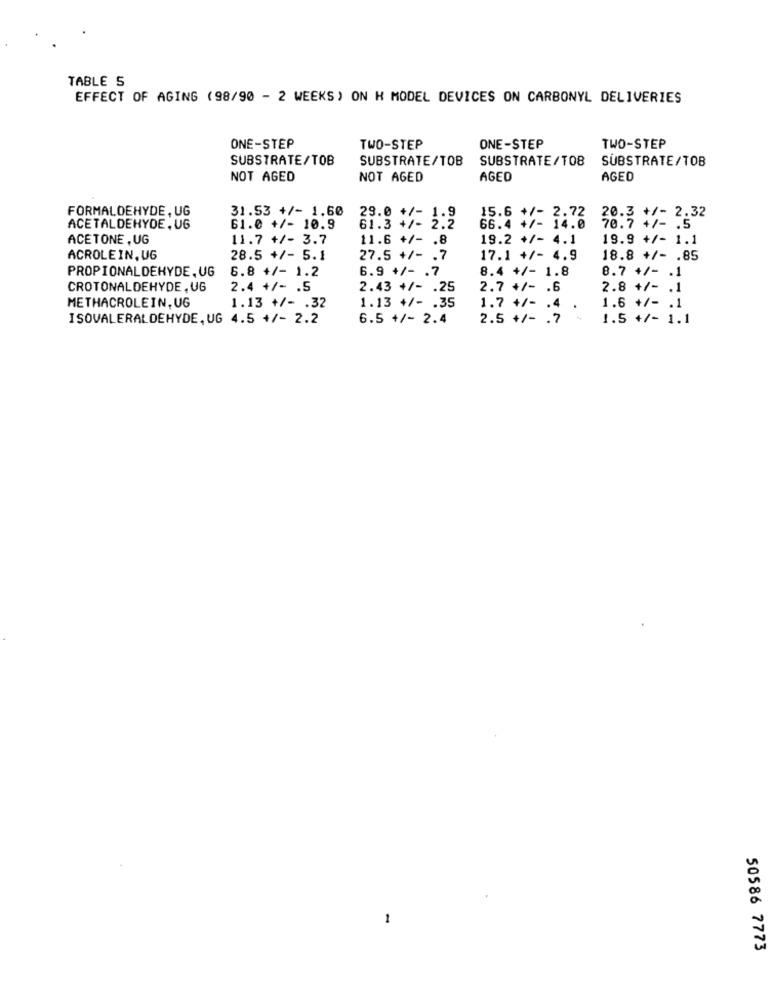
TABLE 5
EFFECT OF AGING (98/90 - 2 WEEKS) ON H MODEL DEVICES ON CARBONYL DELIVERIES
ONE-STEP
TWO-STEP
ONE-STEP
TWO-STEP
SUBSTRATE/TOB
SUBSTRATE/TOB
SUBSTRATE/TO8
SUBSTRATE/TOB
NOT AGED
NOT AGED
AGED
AGED
FORMALDEHYDE , UG
31.53 +/- 1.60
20.3 +/- 2.32
29.0 +/- 1.9
15.6 +/- 2.72
ACETALDEHYDE, UG
61.0 +/- 10.9
61.3 +/- 2.2
66.4 +/- 14.0
70.7 +/- . 5
ACETONE , UG
11.7 +/- 3.7
11.6 +/- . 8
19.2 +/- 4.1
19.9 +/- 1.1
ACROLEIN, UG
28.5 +/- 5.1
27.5 +/- . 7
17.1 +/- 4.9
18.8 +/- . 85
PROPIONALDEHYDE, UG
6.8 +/- 1.2
6.9 +/- . 7
8.4 +/- 1.8
8.7 +/- . 1
CROTONALDEHYDE , UG
2.4 +/- . 5
2.43 +/- . 25
2.7 +/- . 6
2.8 +/- . 1
METHACROLEIN, UG
1.13 +/- . 32
1.13 +/- . 35
1.6 +/- . 1
1.7 +/- . 4
.
ISOVALERALDEHYDE, UG 4.5 +/- 2.2
6.5 +/- 2.4
2.5 +/- . 7 -
1.5 +/- 1.1
1
50586 7773